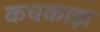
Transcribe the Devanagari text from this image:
कचकाड़ा